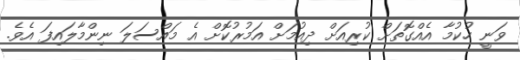
ވަނީ ހުކުމާ އެއްގޮތަށް ކުރިއަށް ދިއުމަށް އަމުރުކޮށް އެ މައްސަލަ ނިންމާލައިފަ އެވެ.